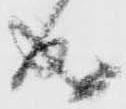
成